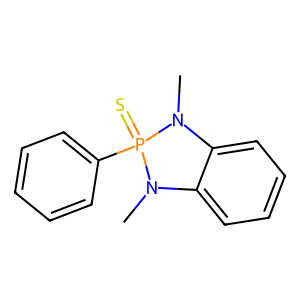
SMILES: CN1c2ccccc2N(C)P1(=S)c1ccccc1
Inhibits HIV replication: No